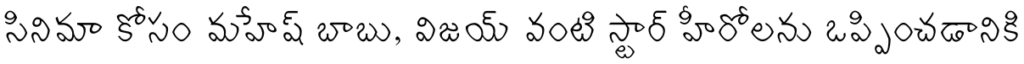
సినిమా కోసం మహేష్ బాబు, విజయ్ వంటి స్టార్ హీరోలను ఒప్పించడానికి